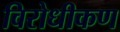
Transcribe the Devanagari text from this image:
विरोधीकण